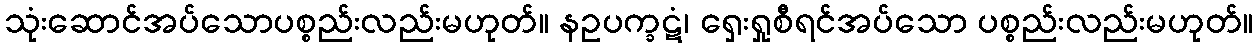
သုံးဆောင်အပ်သောပစ္စည်းလည်းမဟုတ်။ နဥပက္ခဋံ၊ ရှေးရှုစီရင်အပ်သော ပစ္စည်းလည်းမဟုတ်။